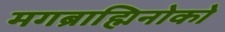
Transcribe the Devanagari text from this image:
मगब्राह्मिनोको